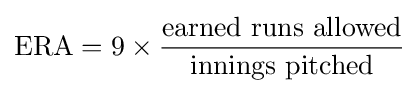
{\text{ERA}}=9\times {\frac {\text{earned runs allowed}}{\text{innings pitched}}}